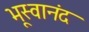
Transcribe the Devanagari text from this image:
भूस्वानंद